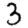
Digit: 3